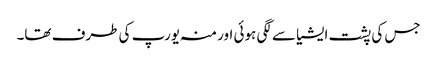
جس کی پشت ایشیا سے لگی ہوئی اور منہ یورپ کی طرف تھا۔